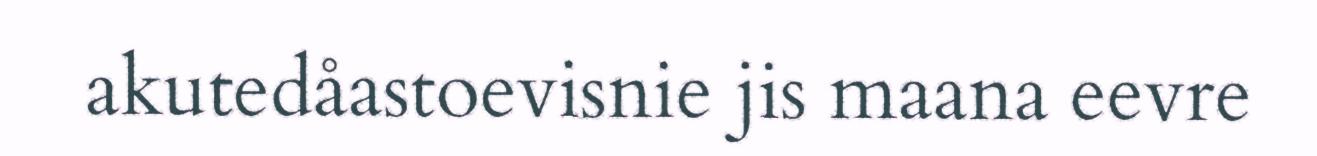
akutedåastoevisnie jis maana eevre